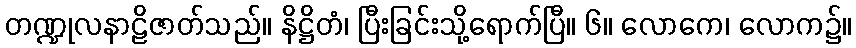
တဏ္ဍုလနာဠိဇာတ်သည်။ နိဋ္ဌိတံ၊ ပြီးခြင်းသို့ရောက်ပြီ။ ၆။ လောကေ၊ လောက၌။